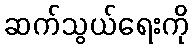
ဆက်သွယ်ရေးကို